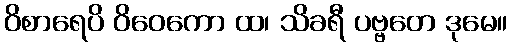
ဝိစာရေပိ ဝိဝေကော ထ၊ သိခရီ ပဗ္ဗတေ ဒုမေ။